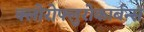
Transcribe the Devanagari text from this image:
क्लोरोफ्लुरोकार्बन्स